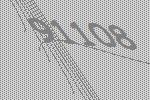
91108